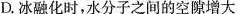
D.冰融化时，水分子之间的空隙增大